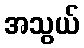
အသွယ်